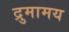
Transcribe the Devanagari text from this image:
द्रुमामय